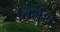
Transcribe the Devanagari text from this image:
विर्मश